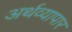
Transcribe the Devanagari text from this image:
अर्थव्यापार